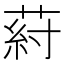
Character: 葤